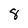
Character: 8